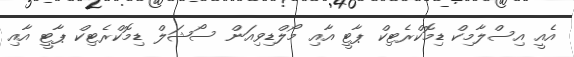
އެއީ އިސްލާމިކް ޑިމޮކްރެޓިކް ޕާޓީ އާއި މޯލްޑިވިއަން ސޯޝަލް ޑިމޮކްރެޓިކް ޕާޓީ އާއި